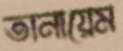
তানায়েম